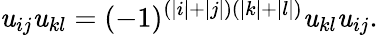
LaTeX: \mathit{u}_{ij}\mathit{u}_{kl}=(-1)^{(|i|+|j|)(|k|+|l|)}\mathit{u}_{kl}\mathit{u}_{ij}.